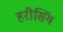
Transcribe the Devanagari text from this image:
हरीसिंग